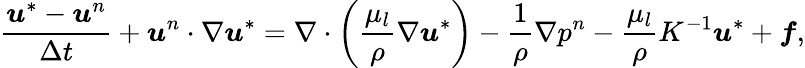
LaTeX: \frac{\boldsymbol{u}^{*}-\boldsymbol{u}^{n}}{\Delta t}+\boldsymbol{u}^{n}\cdot\nabla\boldsymbol{u}^{*}=\nabla\cdot\left(\frac{\mu_{l}}{\rho}\nabla\boldsymbol{u}^{*}\right)-\frac{1}{\rho}\nabla p^{n}-\frac{\mu_{l}}{\rho}K^{-1}\boldsymbol{u}^{*}+\boldsymbol{f},